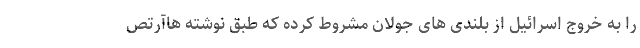
را به خروج اسرائیل از بلندی های جولان مشروط کرده که طبق نوشته هاآرتص